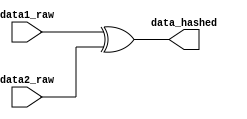
//hashfor
module combine_hash#(
    parameter DATA1_width=14,
    parameter DATA2_width=14,   //14
    parameter HASH_width=14
)(
    input [DATA1_width-1:0]     data1_raw,
    input [DATA2_width-1:0]     data2_raw,
    output[HASH_width-1:0]      data_hashed
);
    // wire [DATA2_width-1:0] data1_hashed;

    // assign data_hashed=data1_hashed^data2_raw;

    // single_hash#(
    //     .DATA_width(DATA1_width),
    //     .HASH_width(DATA2_width)
    // ) hash1(
    //     .data_raw(data1_raw),
    //     .data_hashed(data1_hashed)
    // );

    assign data_hashed=data1_raw^data2_raw;
endmodule